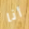
أنا